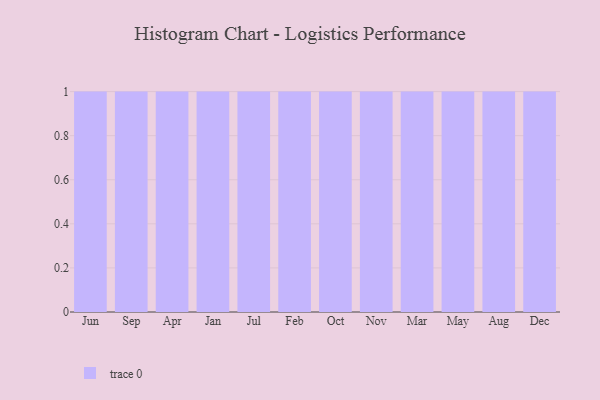
{"axis": {"x": "Month", "y": "Energy Usage (MWh)"}, "legend": [""], "data": [{"x": "Jun", "y": 70, "type": ""}, {"x": "Sep", "y": 15, "type": ""}, {"x": "Apr", "y": 11, "type": ""}, {"x": "Jan", "y": 73, "type": ""}, {"x": "Jul", "y": 43, "type": ""}, {"x": "Feb", "y": 66, "type": ""}, {"x": "Oct", "y": 56, "type": ""}, {"x": "Nov", "y": 91, "type": ""}, {"x": "Mar", "y": 54, "type": ""}, {"x": "May", "y": 95, "type": ""}, {"x": "Aug", "y": 47, "type": ""}, {"x": "Dec", "y": 76, "type": ""}]}